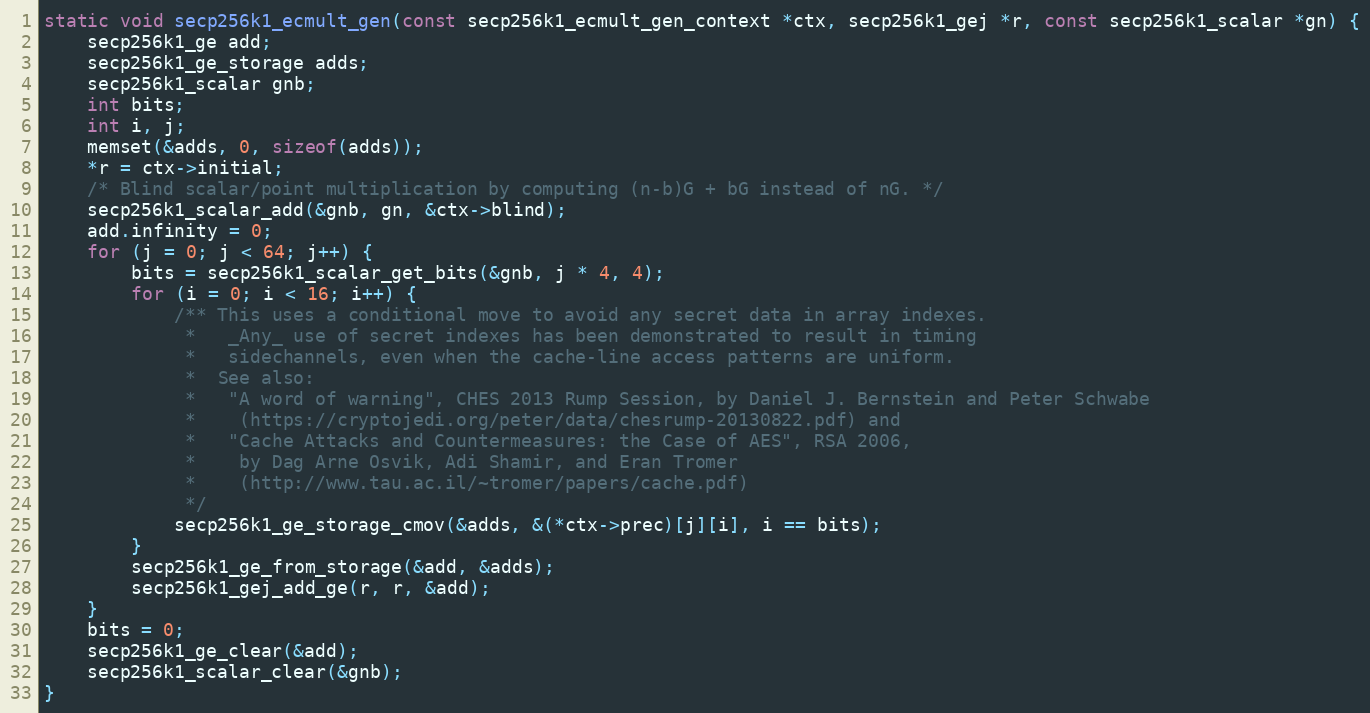
Language: C
static void secp256k1_ecmult_gen(const secp256k1_ecmult_gen_context *ctx, secp256k1_gej *r, const secp256k1_scalar *gn) {
    secp256k1_ge add;
    secp256k1_ge_storage adds;
    secp256k1_scalar gnb;
    int bits;
    int i, j;
    memset(&adds, 0, sizeof(adds));
    *r = ctx->initial;
    /* Blind scalar/point multiplication by computing (n-b)G + bG instead of nG. */
    secp256k1_scalar_add(&gnb, gn, &ctx->blind);
    add.infinity = 0;
    for (j = 0; j < 64; j++) {
        bits = secp256k1_scalar_get_bits(&gnb, j * 4, 4);
        for (i = 0; i < 16; i++) {
            /** This uses a conditional move to avoid any secret data in array indexes.
             *   _Any_ use of secret indexes has been demonstrated to result in timing
             *   sidechannels, even when the cache-line access patterns are uniform.
             *  See also:
             *   "A word of warning", CHES 2013 Rump Session, by Daniel J. Bernstein and Peter Schwabe
             *    (https://cryptojedi.org/peter/data/chesrump-20130822.pdf) and
             *   "Cache Attacks and Countermeasures: the Case of AES", RSA 2006,
             *    by Dag Arne Osvik, Adi Shamir, and Eran Tromer
             *    (http://www.tau.ac.il/~tromer/papers/cache.pdf)
             */
            secp256k1_ge_storage_cmov(&adds, &(*ctx->prec)[j][i], i == bits);
        }
        secp256k1_ge_from_storage(&add, &adds);
        secp256k1_gej_add_ge(r, r, &add);
    }
    bits = 0;
    secp256k1_ge_clear(&add);
    secp256k1_scalar_clear(&gnb);
}